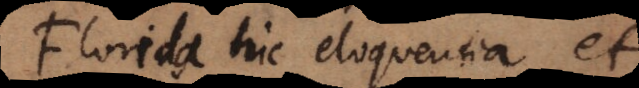
Florida hic eloquentia et